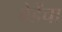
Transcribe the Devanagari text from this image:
बेर्डेंचा